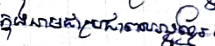
ក្នុងនាមជាប្រជាពលរដ្ឋខ្មែរ